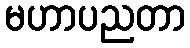
မဟာပညတာ